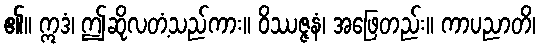
၏။ ဣဒံ၊ ဤဆိုလတံ့သည်ကား။ ဝိဿဇ္ဇနံ၊ အဖြေတည်း။ ကာပညာတိ၊